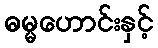
ဓမ္မဟောင်းနှင့်